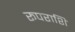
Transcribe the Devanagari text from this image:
रूपराशि